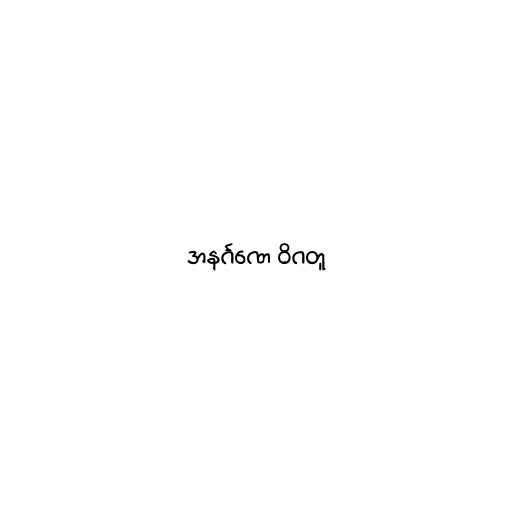
အနင်္ဂဏေ ဝိဂတူ